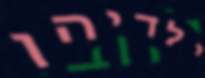
ילדיהן